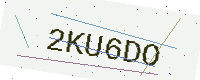
Text: 2KU6DO